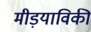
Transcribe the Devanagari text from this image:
मीड़याविकी